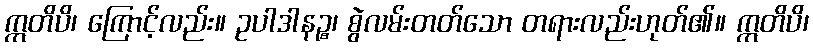
ဣတိပိ၊ ကြောင့်လည်း။ ဥပါဒါနဉ္စ၊ စွဲလမ်းတတ်သော တရားလည်းဟုတ်၏။ ဣတိပိ၊